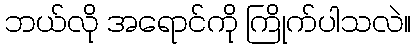
ဘယ်လို အရောင်ကို ကြိုက်ပါသလဲ။